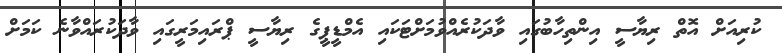
ކުރިއަށް އޮތް ރިޔާސީ އިންތިހާބުގައި ވާދަކުރެއްވުމަށްޓަކައި އެމްޑީޕީގެ ރިޔާސީ ޕްރައިމަރީގައި ވާދަކުރައްވާނެ ކަމަށް